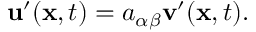
\mathbf { u } ^ { \prime } ( \mathbf { x } , t ) = a _ { \alpha \beta } \mathbf { v } ^ { \prime } ( \mathbf { x } , t ) .